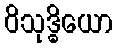
ဝိသုဒ္ဓိယော